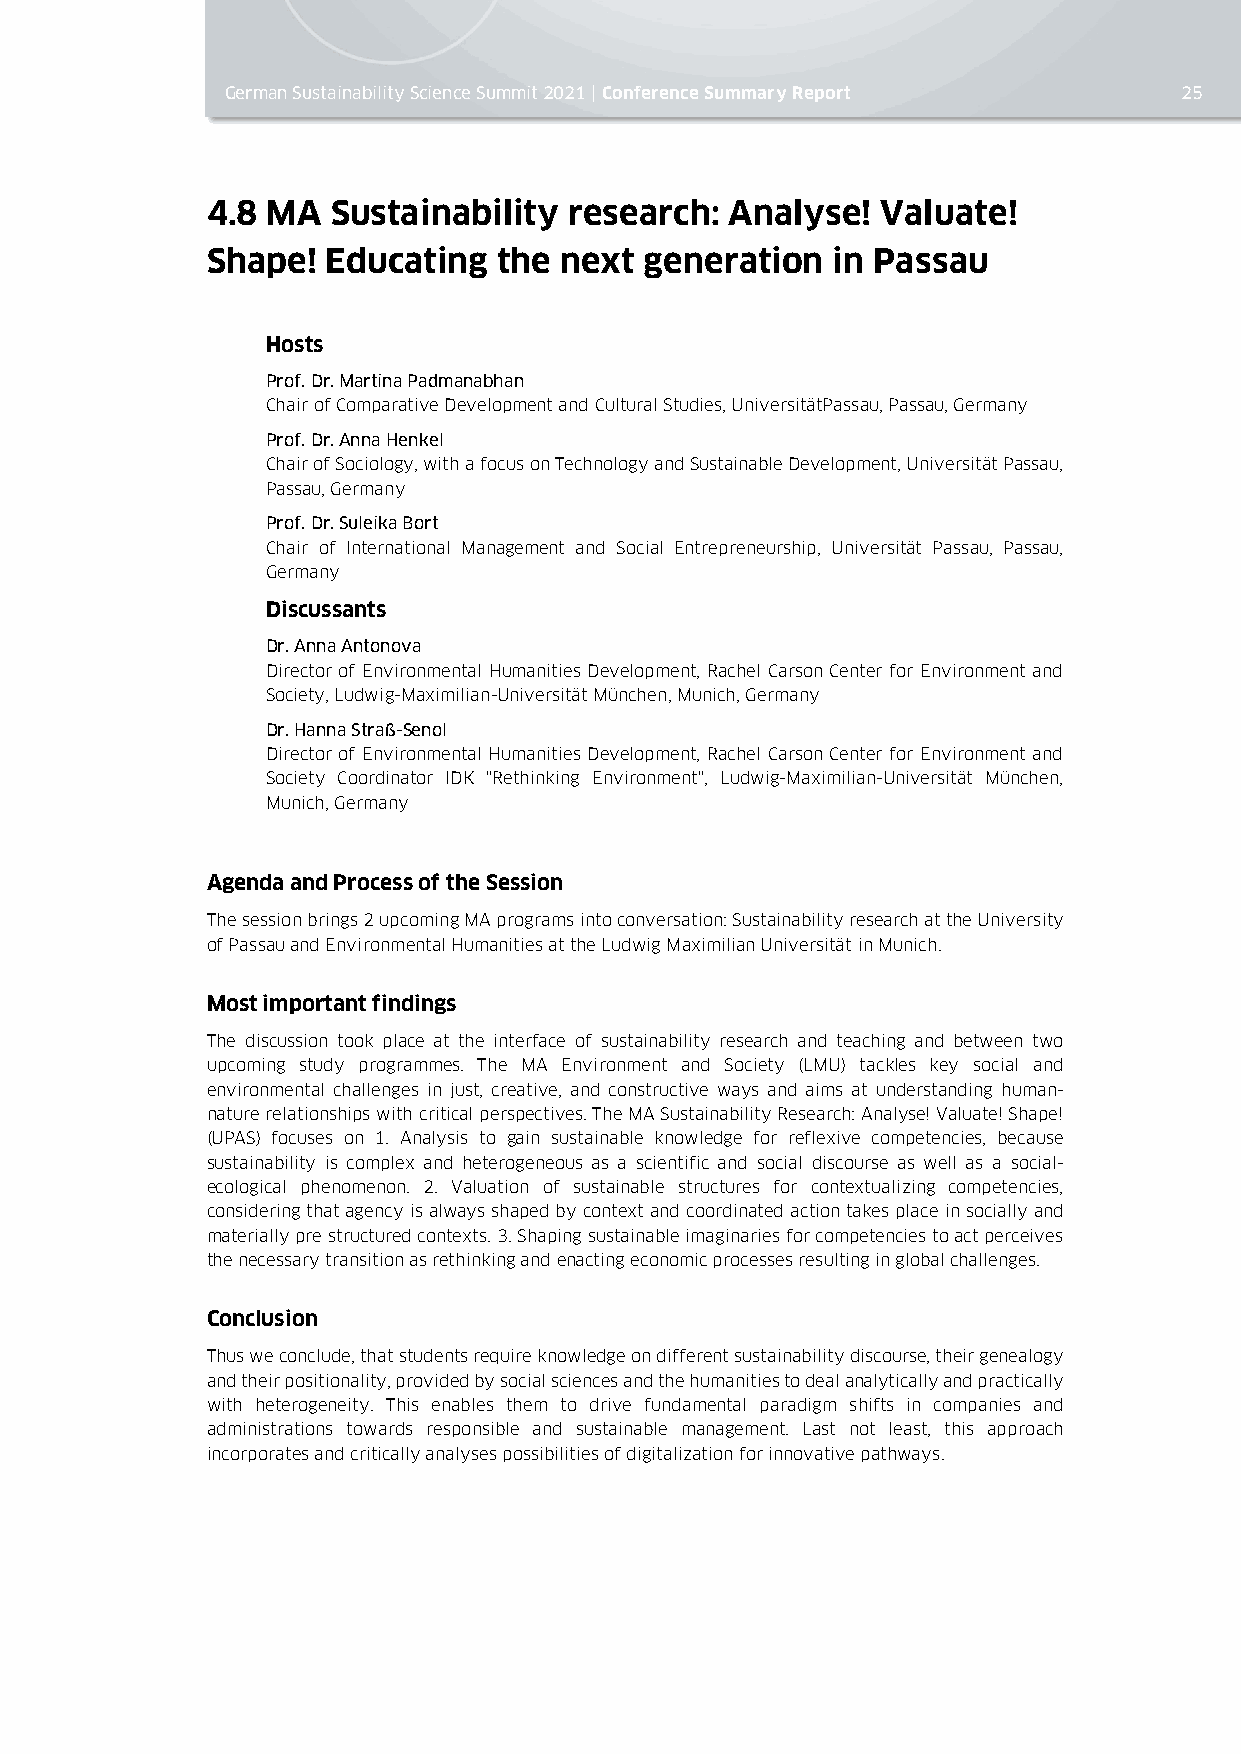
German Sustainability Science Summit 2021 | Conference Summary Report 25
 4.8 MA  Sustainability  research: Analyse!  Valuate!
 Shape!  Educating  the next  generation  in Passau
 Hosts
 Prof. Dr. Martina Padmanabhan
 Chair of Comparative Development and Cultural Studies, UniversitätPassau, Passau, Germany
 Prof. Dr. Anna Henkel
 Chair of Sociology, with a focus on Technology and Sustainable Development, Universität Passau,
 Passau, Germany
 Prof. Dr. Suleika Bort
 Chair of International Management and Social Entrepreneurship, Universität Passau, Passau,
 Germany
 Discussants
 Dr. Anna Antonova
 Director of Environmental Humanities Development, Rachel Carson Center for Environment and
 Society, Ludwig-Maximilian-Universität München, Munich, Germany
 Dr. Hanna Straß-Senol
 Director of Environmental Humanities Development, Rachel Carson Center for Environment and
 Society Coordinator IDK "Rethinking Environment", Ludwig-Maximilian-Universität München,
 Munich, Germany
 Agenda and Process of the Session
 The session brings 2 upcoming MA programs into conversation: Sustainability research at the University
 of Passau and Environmental Humanities at the Ludwig Maximilian Universität in Munich.
 Most important findings
 The discussion took place at the interface of sustainability research and teaching and between two
 upcoming study programmes. The MA Environment and Society (LMU) tackles key social and
 environmental challenges in just, creative, and constructive ways and aims at understanding human-
 nature relationships with critical perspectives. The MA Sustainability Research: Analyse! Valuate! Shape!
 (UPAS) focuses on 1. Analysis to gain sustainable knowledge for reflexive competencies, because
 sustainability is complex and heterogeneous as a scientific and social discourse as well as a social-
 ecological phenomenon. 2. Valuation of sustainable structures for contextualizing competencies,
 considering that agency is always shaped by context and coordinated action takes place in socially and
 materially pre structured contexts. 3. Shaping sustainable imaginaries for competencies to act perceives
 the necessary transition as rethinking and enacting economic processes resulting in global challenges.
 Conclusion
 Thus we conclude, that students require knowledge on different sustainability discourse, their genealogy
 and their positionality, provided by social sciences and the humanities to deal analytically and practically
 with heterogeneity. This enables them to drive fundamental paradigm shifts in companies and
 administrations towards responsible and sustainable management. Last not least, this approach
 incorporates and critically analyses possibilities of digitalization for innovative pathways.